Vaccine operations Central Provinces 1900-1911 - 1900-1911
Year: 1900
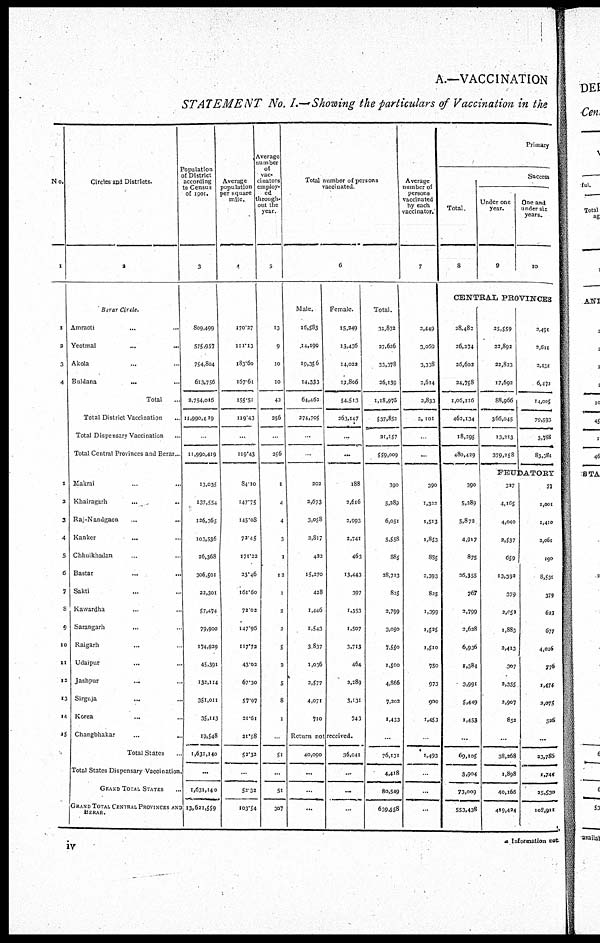
A.—VACCINATION
STATEMENT No. I.—Showing the particulars of Vaccination in the
No.
1
1
2
3
4
1
2
3
4
5
6
7
8
9
10
11
12
13
14
15
Circles and Districts.
2
Berar Circle.
Amraoti ... ...
Yeotmal ... ...
Akola ... ...
Buldana
... ...
Total ...
Total District Vaccination ...
Total Dispensary Vaccination ...
Total Central provinces and Berar ...
Makrai ... ...
Khairagarh
...
...
Raj-Nandgaon
...
...
Ranker
... ...
Chhuikhadan ... ...
Bastar ... ...
Sakti ... ...
Kawardha ... ...
Sarangarh
... ...
Raigarh ... ...
Udaipur
...
...
Jashpur ... ...
Sirguja ... ...
Korea ... ...
Changbhakar
...
...
Total States ...
Total States Dispensary Vaccination
GRAND TOTAL STATES ...
GRAND TOTAL CENTRAL PROVINCES AND
BERAR.
Population
of District
according
to Census
of 1901.
3
809,499
575,957
754,804
613,756
2,754,016
11,990,419
...
11,990,419
13,035
137,554
126,365
103,536
26,368
306,501
23,301
57,474
79.900
174,929
45.391
132,114
351,011
35,113
19,548
1,631,140
...
1,631,140
13,621,559
Average
population
per square
mile.
4
170.27
111.13
183.60
167.61
155.51
119.43
...
119.43
84.10
147.75
145.08
72.45
171.22
23.46
161.60
72.02
147.96
117.72
43.02
67.30
57.97
21.61
21.58
52.33
...
53.33
103.54
Average
number
of
vac-
cinators
employ-
ed
through-
out the
year.
5
13
9
10
10
42
356
...
256
1
4
4
3
1
13
1
2
3
5
3
5
8
1
...
51
...
51
307
Total number of persons
vaccinated.
6
Male.
16,583
14,190
19,356
14,333
64,462
274,705
...
...
202
2,673
3,058
2,817
422
15,270
428
1,446
1,543
3,837
1,036
2,577
4,071
710
Female.
15,349
13,436
14,022
11,806
54.513
263,147
...
...
188
2,6l6
2,993
2,741
463
13,443
397
1,353
1,507
3,713
464
3,289
3,131
743
Return not received.
40,090
...
...
...
36,041
...
...
...
Total.
31,832
27,626
33,378
26,139
1,18,975
537,852
21,157
559,009
390
3,389
6,051
5,558
885
38,713
825
2,799
3,050
7,550
1,500
4,866
7,203
1,453
...
76,131
4,418
80,549
639,558
Average
number of
persons
vaccinated
by each
vaccinator.
7
2,449
3,069
3,338
2,614
2,833
2, 101
...
...
390
1,322
1,513
1,853
885
2,393
825
1,399
1,525
1,510
750
973
900
1,453
...
1,493
...
...
...
Primary
Total.
8
Success.
Under one
year.
9
One and
under six
years.
10
CENTRAL PROVINCES
28,483
26,274
26,602
24,758
1,06,116
462,134
18,295
480,429
390
5,289
5,872
4,917
875
26,355
767
2,799
2,638
6,936
1,384
3,991
5,449
1,453
...
69,105
3,904
73,009
553,438
25,559
32,892
22,823
17,692
88,966
366,045
13,213
379,258
2,491
2,611
2,431
6,472
14,005
79,593
3,788
83,381
FEUDATORY
327
4,165
4,040
2,537
659
13,393
379
2,052
1,883
3,413
307
2,355
2,907
852
...
38,268
1,898
40,166
419,424
37
1,001
1,410
2,061
190
8,531
379
623
677
4,026
776
1,474
2,075
526
...
23,786
1,744
35,530
108,911
a Information not
iv